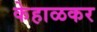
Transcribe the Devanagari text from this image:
केहाळकर